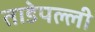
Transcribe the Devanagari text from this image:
ताडेपल्ली